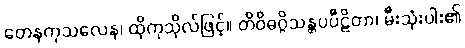
တေနကုသလေန၊ ထိုကုသိုလ်ဖြင့်။ တိဝိဓဂ္ဂိသန္တပပီဠိတာ၊ မီးသုံးပါး၏